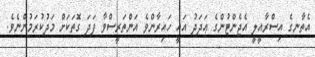
އެތާނގެ އިސްރާއީލީ އެޖެންޓުންގެ ޢަދަދު އައީ ހައިރާންވެ އަންތަރީސްވާ ފަދަ ގޮތަކަށް މަދުކުރަމުންނެވެ.